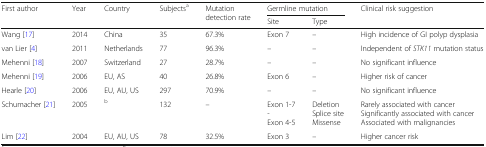
| <ROWSPAN=2> First author | <ROWSPAN=2> Year | <ROWSPAN=2> Country | <ROWSPAN=2> Subjectsa | <ROWSPAN=2> Mutation detection rate | <COLSPAN=2> Germline mutation | <ROWSPAN=2> Clinical risk suggestion |
 | Site | Type |
 | --- | --- | --- | --- | --- | --- | --- | --- |
 | Wang [17] | 2014 | China | 35 | 67.3% | Exon 7 | – | High incidence of GI polyp dysplasia |
 | van Lier [4] | 2011 | Netherlands | 77 | 96.3% | – | – | Independent of STK11 mutation status |
 | Mehenni [18] | 2007 | Switzerland | 27 | 28.7% | – | – | No significant influence |
 | Mehenni [19] | 2006 | EU, AS | 40 | 26.8% | Exon 6 | – | Higher risk of cancer |
 | Hearle [20] | 2006 | EU, AU, US | 297 | 70.9% | – | – | No significant influence |
 | Schumacher [21] | 2005 | b | 132 | – | Exon 1-7-Exon 4-5 | DeletionSplice siteMissense | Rarely associated with cancerSignificantly associated with cancerAssociated with malignancies |
 | Lim [22] | 2004 | EU, AU, US | 78 | 32.5% | Exon 3 | – | Higher cancer risk |